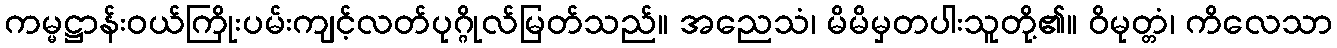
ကမ္မဋ္ဌာန်းဝယ်ကြိုးပမ်းကျင့်လတ်ပုဂ္ဂိုလ်မြတ်သည်။ အညေသံ၊ မိမိမှတပါးသူတို့၏။ ဝိမုတ္တံ၊ ကိလေသာ